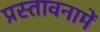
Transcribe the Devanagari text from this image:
प्रस्‍तावनामें